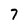
Character: 7